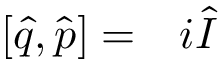
\begin{array} { r l } { [ \hat { q } , \hat { p } ] = } & { { } i \hat { I } } \end{array}